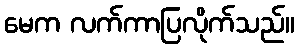
မေက လက်ကာပြလိုက်သည်။